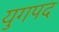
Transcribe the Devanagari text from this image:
युगपद